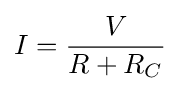
I={\frac {V}{R+R_{C}}}